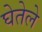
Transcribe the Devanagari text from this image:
घेतेले